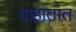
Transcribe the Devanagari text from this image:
वाहातात